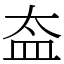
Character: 盇